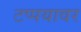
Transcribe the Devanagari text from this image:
टप्पयावर